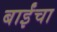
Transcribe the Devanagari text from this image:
बाईंचा